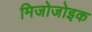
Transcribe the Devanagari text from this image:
मिजोजोइक